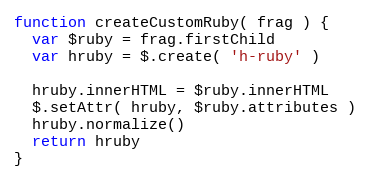
Language: JavaScript
function createCustomRuby( frag ) {
  var $ruby = frag.firstChild
  var hruby = $.create( 'h-ruby' )

  hruby.innerHTML = $ruby.innerHTML
  $.setAttr( hruby, $ruby.attributes )
  hruby.normalize()
  return hruby
}